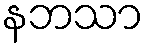
နဘသာ